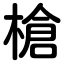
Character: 槍